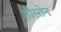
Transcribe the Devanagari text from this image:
हौस्तेन